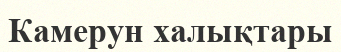
Камерун халықтары